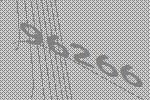
96266